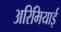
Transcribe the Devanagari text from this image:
अरिमियाई